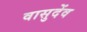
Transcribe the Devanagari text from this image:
वासुदेंव